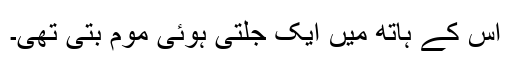
اس کے ہاتھ میں ایک جلتی ہوئی موم بتی تھی۔